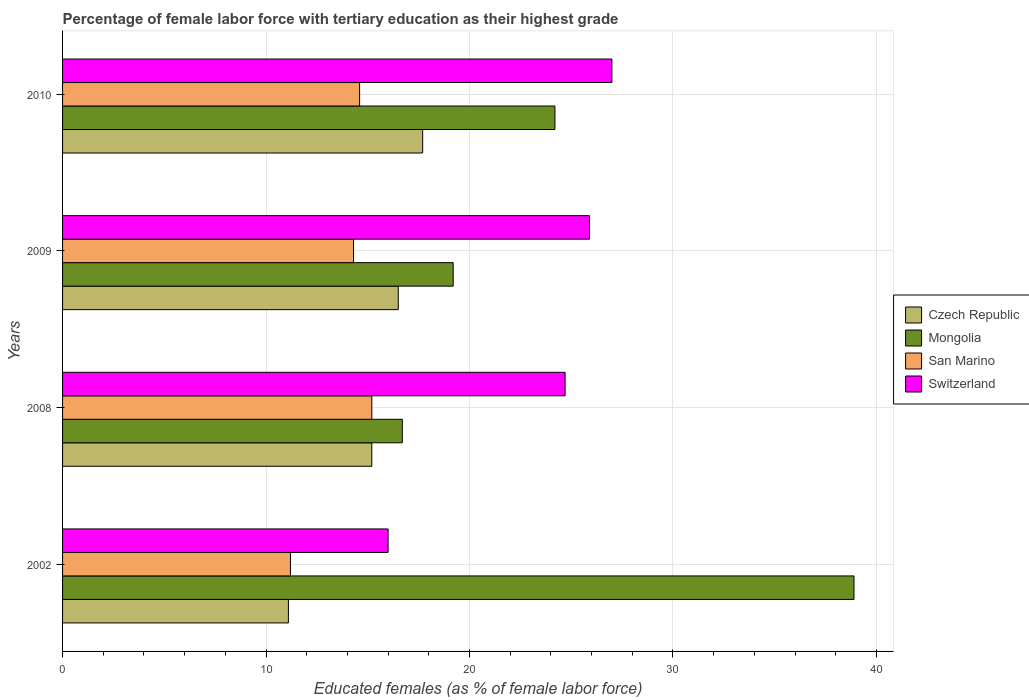
| Years | Czech Republic | Mongolia | San Marino | Switzerland |
 | --- | --- | --- | --- | --- |
 | 2002 | 11.1 | 38.9 | 11.2 | 16 |
 | 2008 | 15.2 | 16.7 | 15.2 | 24.7 |
 | 2009 | 16.5 | 19.2 | 14.3 | 25.9 |
 | 2010 | 17.7 | 24.2 | 14.6 | 27 |